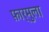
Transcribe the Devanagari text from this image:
फ़ार्मुला